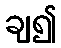
ချ၍